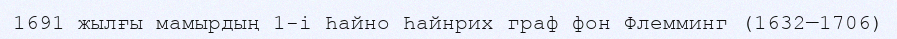
1691 жылғы мамырдың 1-і Һайно Һайнрих граф фон Флемминг (1632—1706)